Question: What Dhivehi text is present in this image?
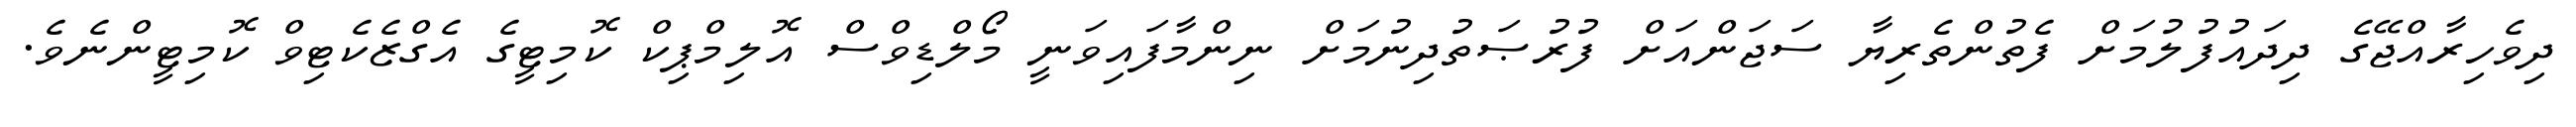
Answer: ދިވެހިރާއްޖޭގެ ދިދައުފުލުމަށް ފެތުންތެރިޔާ ސަޖަންއަށް ފުރުޞަތުދިނުމަށް ނިންމާފައިވަނީ މޯލްޑިވްސް އޮލިމްޕިކް ކޮމިޓީގެ އެގްޒެކެޓިވް ކޮމިޓީންނެވެ.